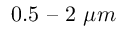
0 . 5 \textrm { -- } 2 \ \mu m